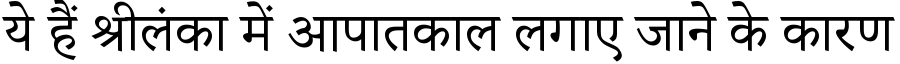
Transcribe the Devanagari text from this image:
ये हैं श्रीलंका में आपातकाल लगाए जाने के कारण